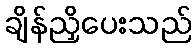
ချိန်ညှိပေးသည်